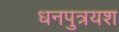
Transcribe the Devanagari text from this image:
धनपुत्रयश